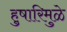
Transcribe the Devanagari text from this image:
हुषारिमुळे